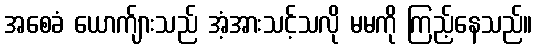
အစေခံ ယောက်ျားသည် အံ့အားသင့်သလို မမကို ကြည့်နေသည်။